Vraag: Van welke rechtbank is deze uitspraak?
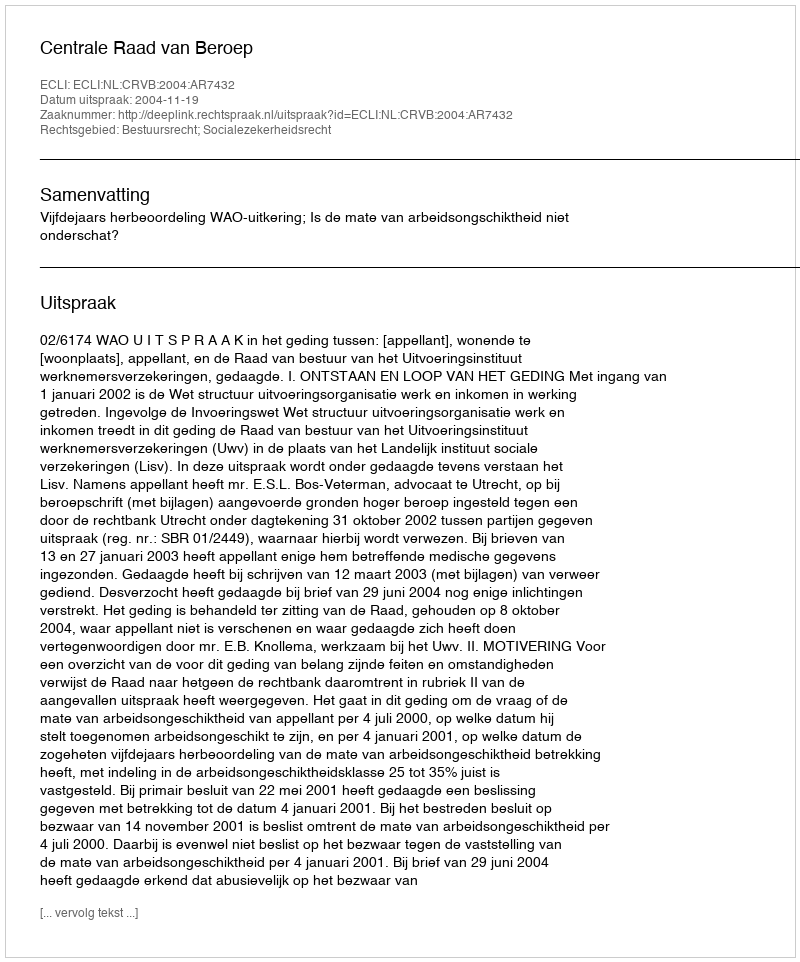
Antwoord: Centrale Raad van Beroep